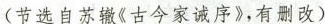
(节选自苏辙《古今家诫序》，有删改)